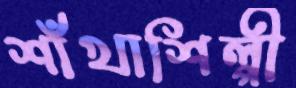
শাঁখাশিল্পী